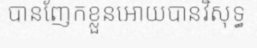
បានញែកខ្លួនអោយបានវិសុទ្ធ